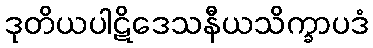
ဒုတိယပါဋိဒေသနီယသိက္ခာပဒံ